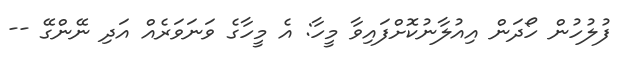
ފުލުހުން ހޯދަން އިއުލާނުކޮށްފައިވާ މީހާ: އެ މީހާގެ ވަނަވަރެއް އަދި ނޭންގޭ --